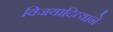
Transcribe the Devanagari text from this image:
विजयादित्याने